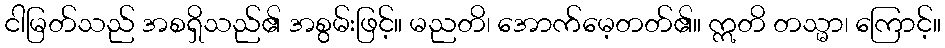
ငါမြတ်သည် အစရှိသည်၏ အစွမ်းဖြင့်။ မညတိ၊ အောက်မေ့တတ်၏။ ဣတိ တသ္မာ၊ ကြောင့်။